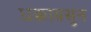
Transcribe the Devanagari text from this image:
धक्काबसुन